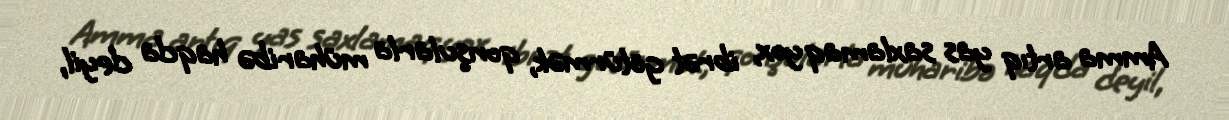
Amma artıq yas saxlamaq yox, ibrət götürmək, qonşularla müharibə haqda deyil,